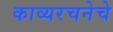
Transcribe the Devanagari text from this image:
काव्यरचनेचे